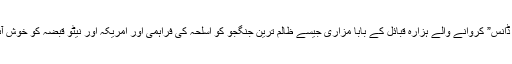
افغانستان میں لاشوں میں پٹرول بھر کر ” ڈیتھ ڈانس” کروانے والے ہزارہ قبائل کے بابا مزاری جیسے ظالم ترین جنگجو کو اسلحہ کی فراہمی اور امریکہ اور نیٹو قبضہ کو خوش آئند قرار دینے والے بھی ایرانی حکمران تھے ۔